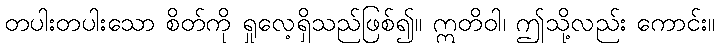
တပါးတပါးသော စိတ်ကို ရှုလေ့ရှိသည်ဖြစ်၍။ ဣတိဝါ၊ ဤသို့လည်း ကောင်း။